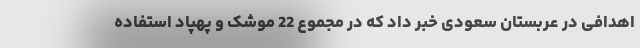
اهدافی در عربستان سعودی خبر داد که در مجموع 22 موشک و پهپاد استفاده